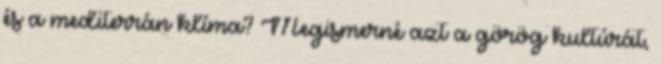
és a mediterrán klíma? Megismerné azt a görög kultúrát,